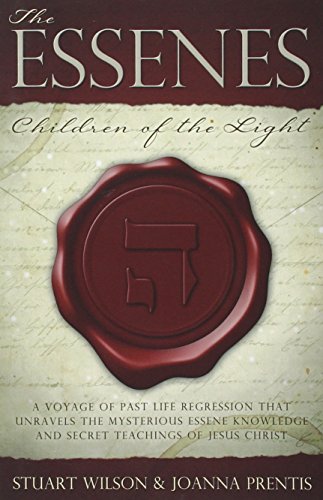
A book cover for The Essenes: Children of the Light; Stuart Wilson; Religion & Spirituality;